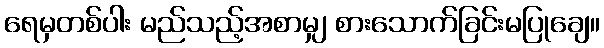
ရေမှတစ်ပါး မည်သည့်အစာမျှ စားသောက်ခြင်းမပြုချေ။